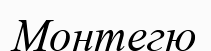
Монтегю